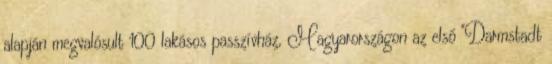
alapján megvalósult 100 lakásos passzívház, Magyarországon az első "Darmstadt